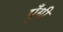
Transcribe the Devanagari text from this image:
पुँगी